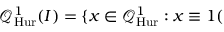
{ \mathcal { Q } } _ { \mathrm { H u r } } ^ { 1 } ( I ) = \{ x \in { \mathcal { Q } } _ { \mathrm { H u r } } ^ { 1 } : x \equiv 1 (